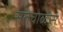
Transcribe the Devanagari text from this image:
सतेचाळीस